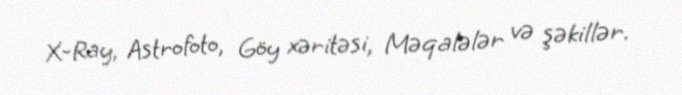
X-Ray, Astrofoto, Göy xəritəsi, Məqalələr və şəkillər.